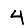
Digit: 4